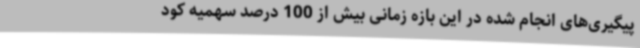
پیگیری‌های انجام شده در این بازه زمانی بیش از 100 درصد سهمیه کود